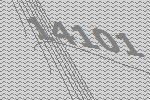
14101